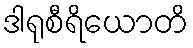
ဒါရုစီရိယောတိ